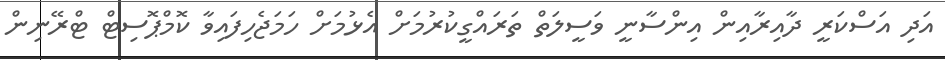
އަދި އަސްކަރީ ދާއިރާއިން އިންސާނީ ވަސީލަތް ތަރައްގީކުރުމަށް އެޅުމަށް ހަމަޖެހިފައިވާ ކޮމްޕޮސިޓް ޓްރޭނިން